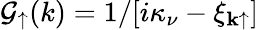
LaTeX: \mathcal{G}_{\uparrow}(k)=1/[i\kappa_{\nu}-\xi_{\mathbf{k}\uparrow}]